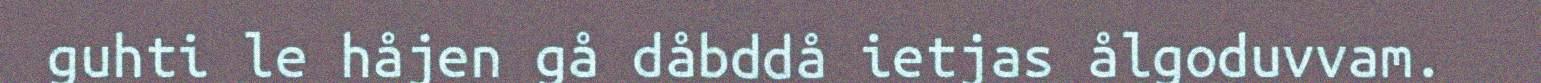
guhti le håjen gå dåbddå ietjas ålgoduvvam.